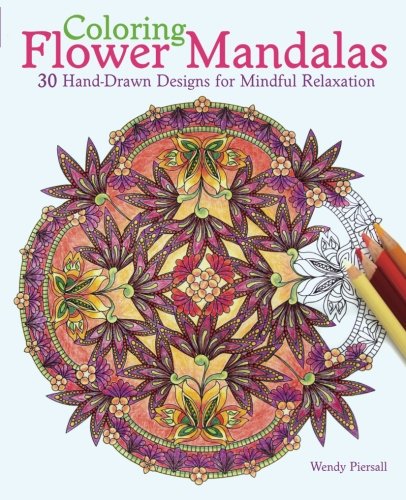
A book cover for Coloring Flower Mandalas: 30 Hand-drawn Designs for Mindful Relaxation; Wendy Piersall; Crafts, Hobbies & Home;